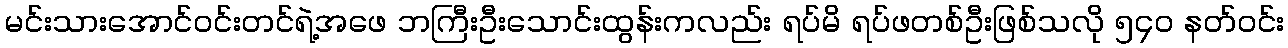
မင်းသားအောင်ဝင်းတင်ရဲ့အဖေ ဘကြီးဦးသောင်းထွန်းကလည်း ရပ်မိ ရပ်ဖတစ်ဦးဖြစ်သလို ၅၄ဝ နတ်ဝင်း